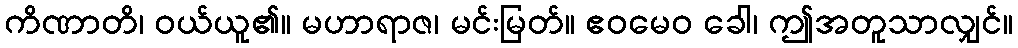
ကိဏာတိ၊ ဝယ်ယူ၏။ မဟာရာဇ၊ မင်းမြတ်။ ဧဝမေဝ ခေါ၊ ဤအတူသာလျှင်။